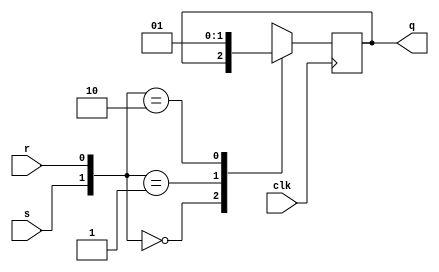
/* SR flip-flop or RS flip-flop
* It's the easiest flip-flop. We have two possible states:
* 1. s - set = 1, r - reset = 0, then q = 1
* 2. s - set = 0, r - reset = 1, then q = 0
* The state when s = 1, r = 1 is not allowed.
*/
module srff(
   input wire clk,
   input wire s,
   input wire r,
   output wire q
);

   reg q_reg;
   assign q = q_reg;

   always@(posedge clk) begin
      case({s,r})
         2'b00: q_reg <= q_reg; 
         2'b01: q_reg <= 1'b0;
         2'b10: q_reg <= 1'b1;
         2'b11: q_reg <= 1'bx;
      endcase
   end

endmodule